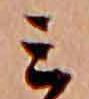
ミ